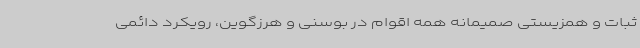
ثبات و همزیستی صمیمانه همه اقوام در بوسنی و هرزگوین، رویکرد دائمی